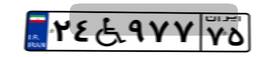
۲۴W۹۷۷۷۵